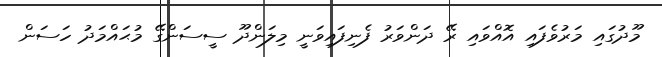
މޫދުގައި މަރުވެފައި އޮއްވައި ރޭ ދަންވަރު ފެނިފައިވަނީ މިލަންދޫ ސީސަންގޭ މުޙައްމަދު ހަސަން